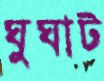
ঘুঘাট